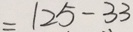
= 1 2 5 - 3 3